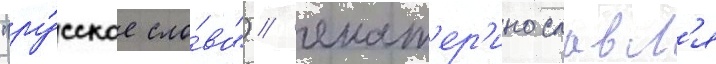
"ру́сское сло́во") / екат'ер'инославл'я